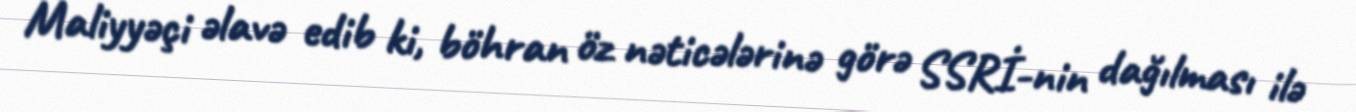
Maliyyəçi əlavə edib ki, böhran öz nəticələrinə görə SSRİ-nin dağılması ilə